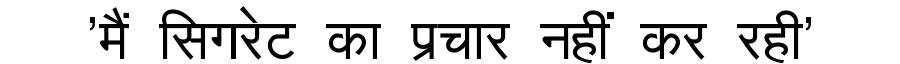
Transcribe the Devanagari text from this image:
'मैं सिगरेट का प्रचार नहीं कर रही'